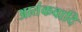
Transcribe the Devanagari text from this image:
आतंकवादि